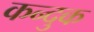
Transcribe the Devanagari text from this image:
कन्दुक